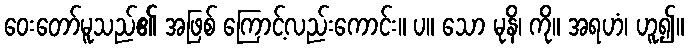
ဝေးတော်မူသည်၏ အဖြစ် ကြောင့်လည်းကောင်း။ ပ။ သော မုနိ၊ ကို။ အရဟံ၊ ဟူ၍။